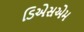
ડિએસએમ